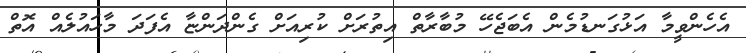
އެހެންވީމާ އަޅުގަނޑުމެން އެބަޖެހޭ މުބާރާތް އިތުރަށް ކުރިއަށް ގެންދަންޏާ އެފަދަ މާހައުލެއް އޮތް